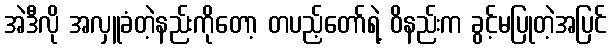
အဲဒီလို အလှူခံတဲ့နည်းကိုတော့ တပည့်တော်ရဲ့ ဝိနည်းက ခွင့်မပြုတဲ့အပြင်